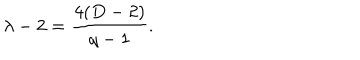
\lambda - 2 = \frac { 4 ( D - 2 ) } { q - 1 } .